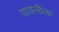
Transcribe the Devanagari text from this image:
वायलीला